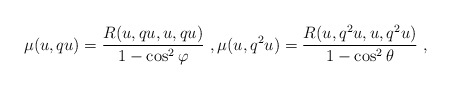
\begin{align*} \mu(u,qu)=\frac{R(u, qu, u, qu)}{1-\cos^{2}\varphi}\ ,\mu(u,q^{2}u)=\frac{R(u, q^{2}u, u, q^{2}u)}{1-\cos^{2}\theta}\ , \end{align*}